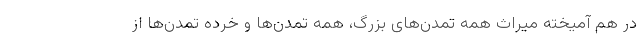
در هم آمیخته میراث همه تمدن‌های بزرگ، همه تمدن‌ها و خرده تمدن‌ها از